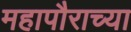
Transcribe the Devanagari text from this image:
महापौराच्या